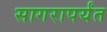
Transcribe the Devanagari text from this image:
सागरापर्यंत